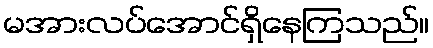
မအားလပ်အောင်ရှိနေကြသည်။